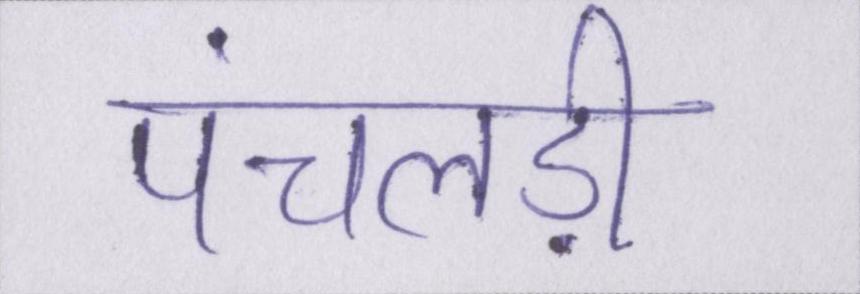
पंचलड़ी